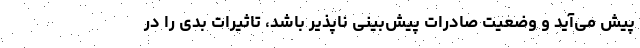
پیش می‌آید و وضعیت صادرات پیش‌بینی ناپذیر باشد، تاثیرات بدی را در